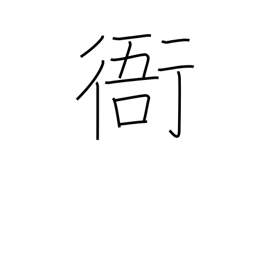
Meaning: government office